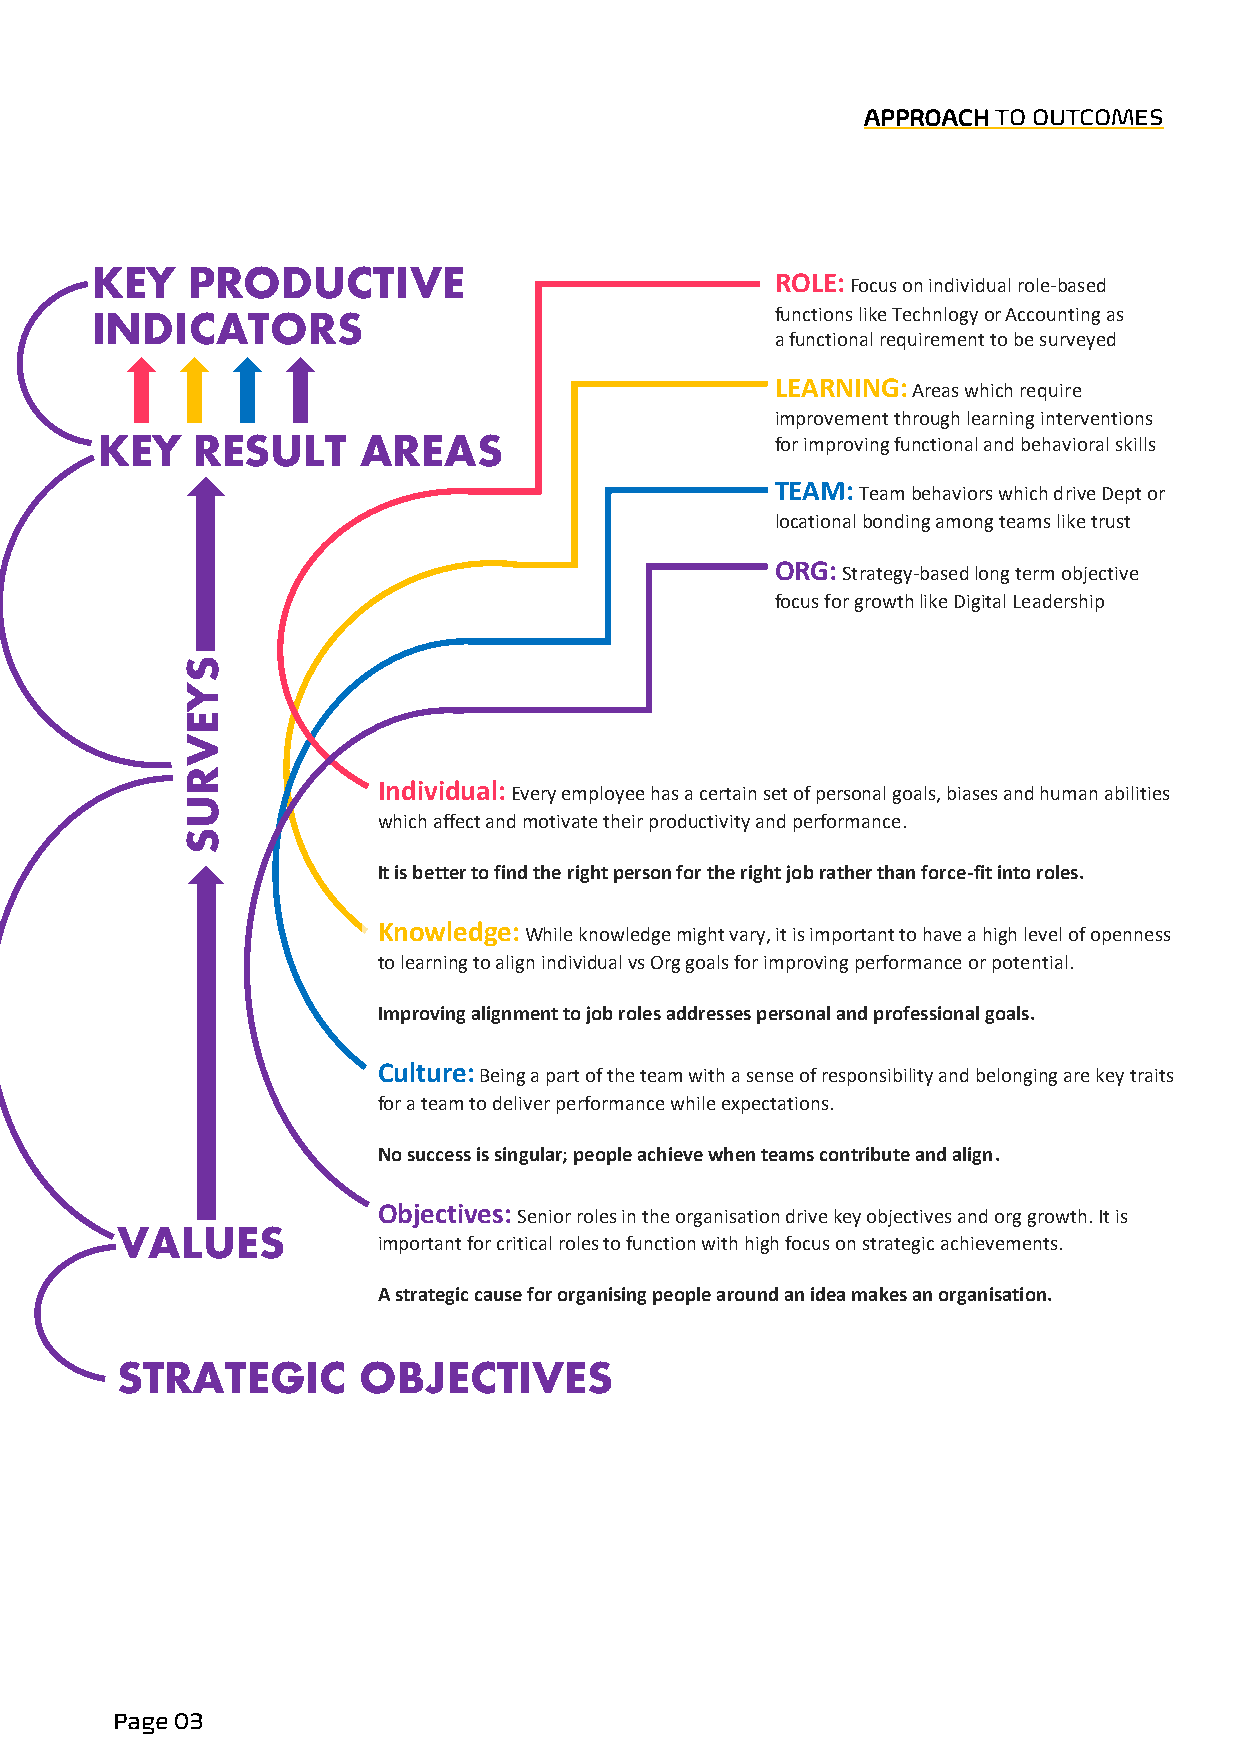
APPROACH TO OUTCOMES
 K EY  PRODUCTIVE                             ROLE: Focus on individual role-based
 INDICATORS                                   functions like Technlogy or Accounting as
 a functional requirement to be surveyed
 LEARNING: Areas which require
 improvement through learning interventions
 K  EY  RESULT     AREAS                      for improving functional and behavioral skills
 TEAM: Team behaviors which drive Dept or
 locational bonding among teams like trust
 ORG: Strategy-based long term objective
 focus for growth like Digital Leadership
 S
 Y
 E
 V
 R
 Individual: Every employee has a certain set of personal goals, biases and human abilities
 U
 which affect and motivate their productivity and performance.
 S
 It is better to find the right person for the right job rather than force-fit into roles.
 Knowledge: While knowledge might vary, it is important to have a high level of openness
 to learning to align individual vs Org goals for improving performance or potential.
 Improving alignment to job roles addresses personal and professional goals.
 Culture: Being a part of the team with a sense of responsibility and belonging are key traits
 for a team to deliver performance while expectations.
 No success is singular; people achieve when teams contribute and align.
 Objectives: Senior roles in the organisation drive key objectives and org growth. It is
 VALUES
 important for critical roles to function with high focus on strategic achievements.
 A strategic cause for organising people around an idea makes an organisation.
 STRATEGIC       OBJECTIVES
 Page 03